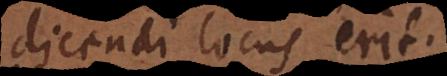
dicendi locus erit.